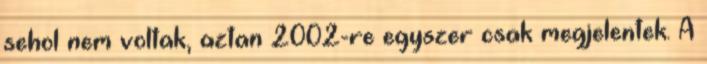
sehol nem voltak, aztan 2002-re egyszer csak megjelentek. A